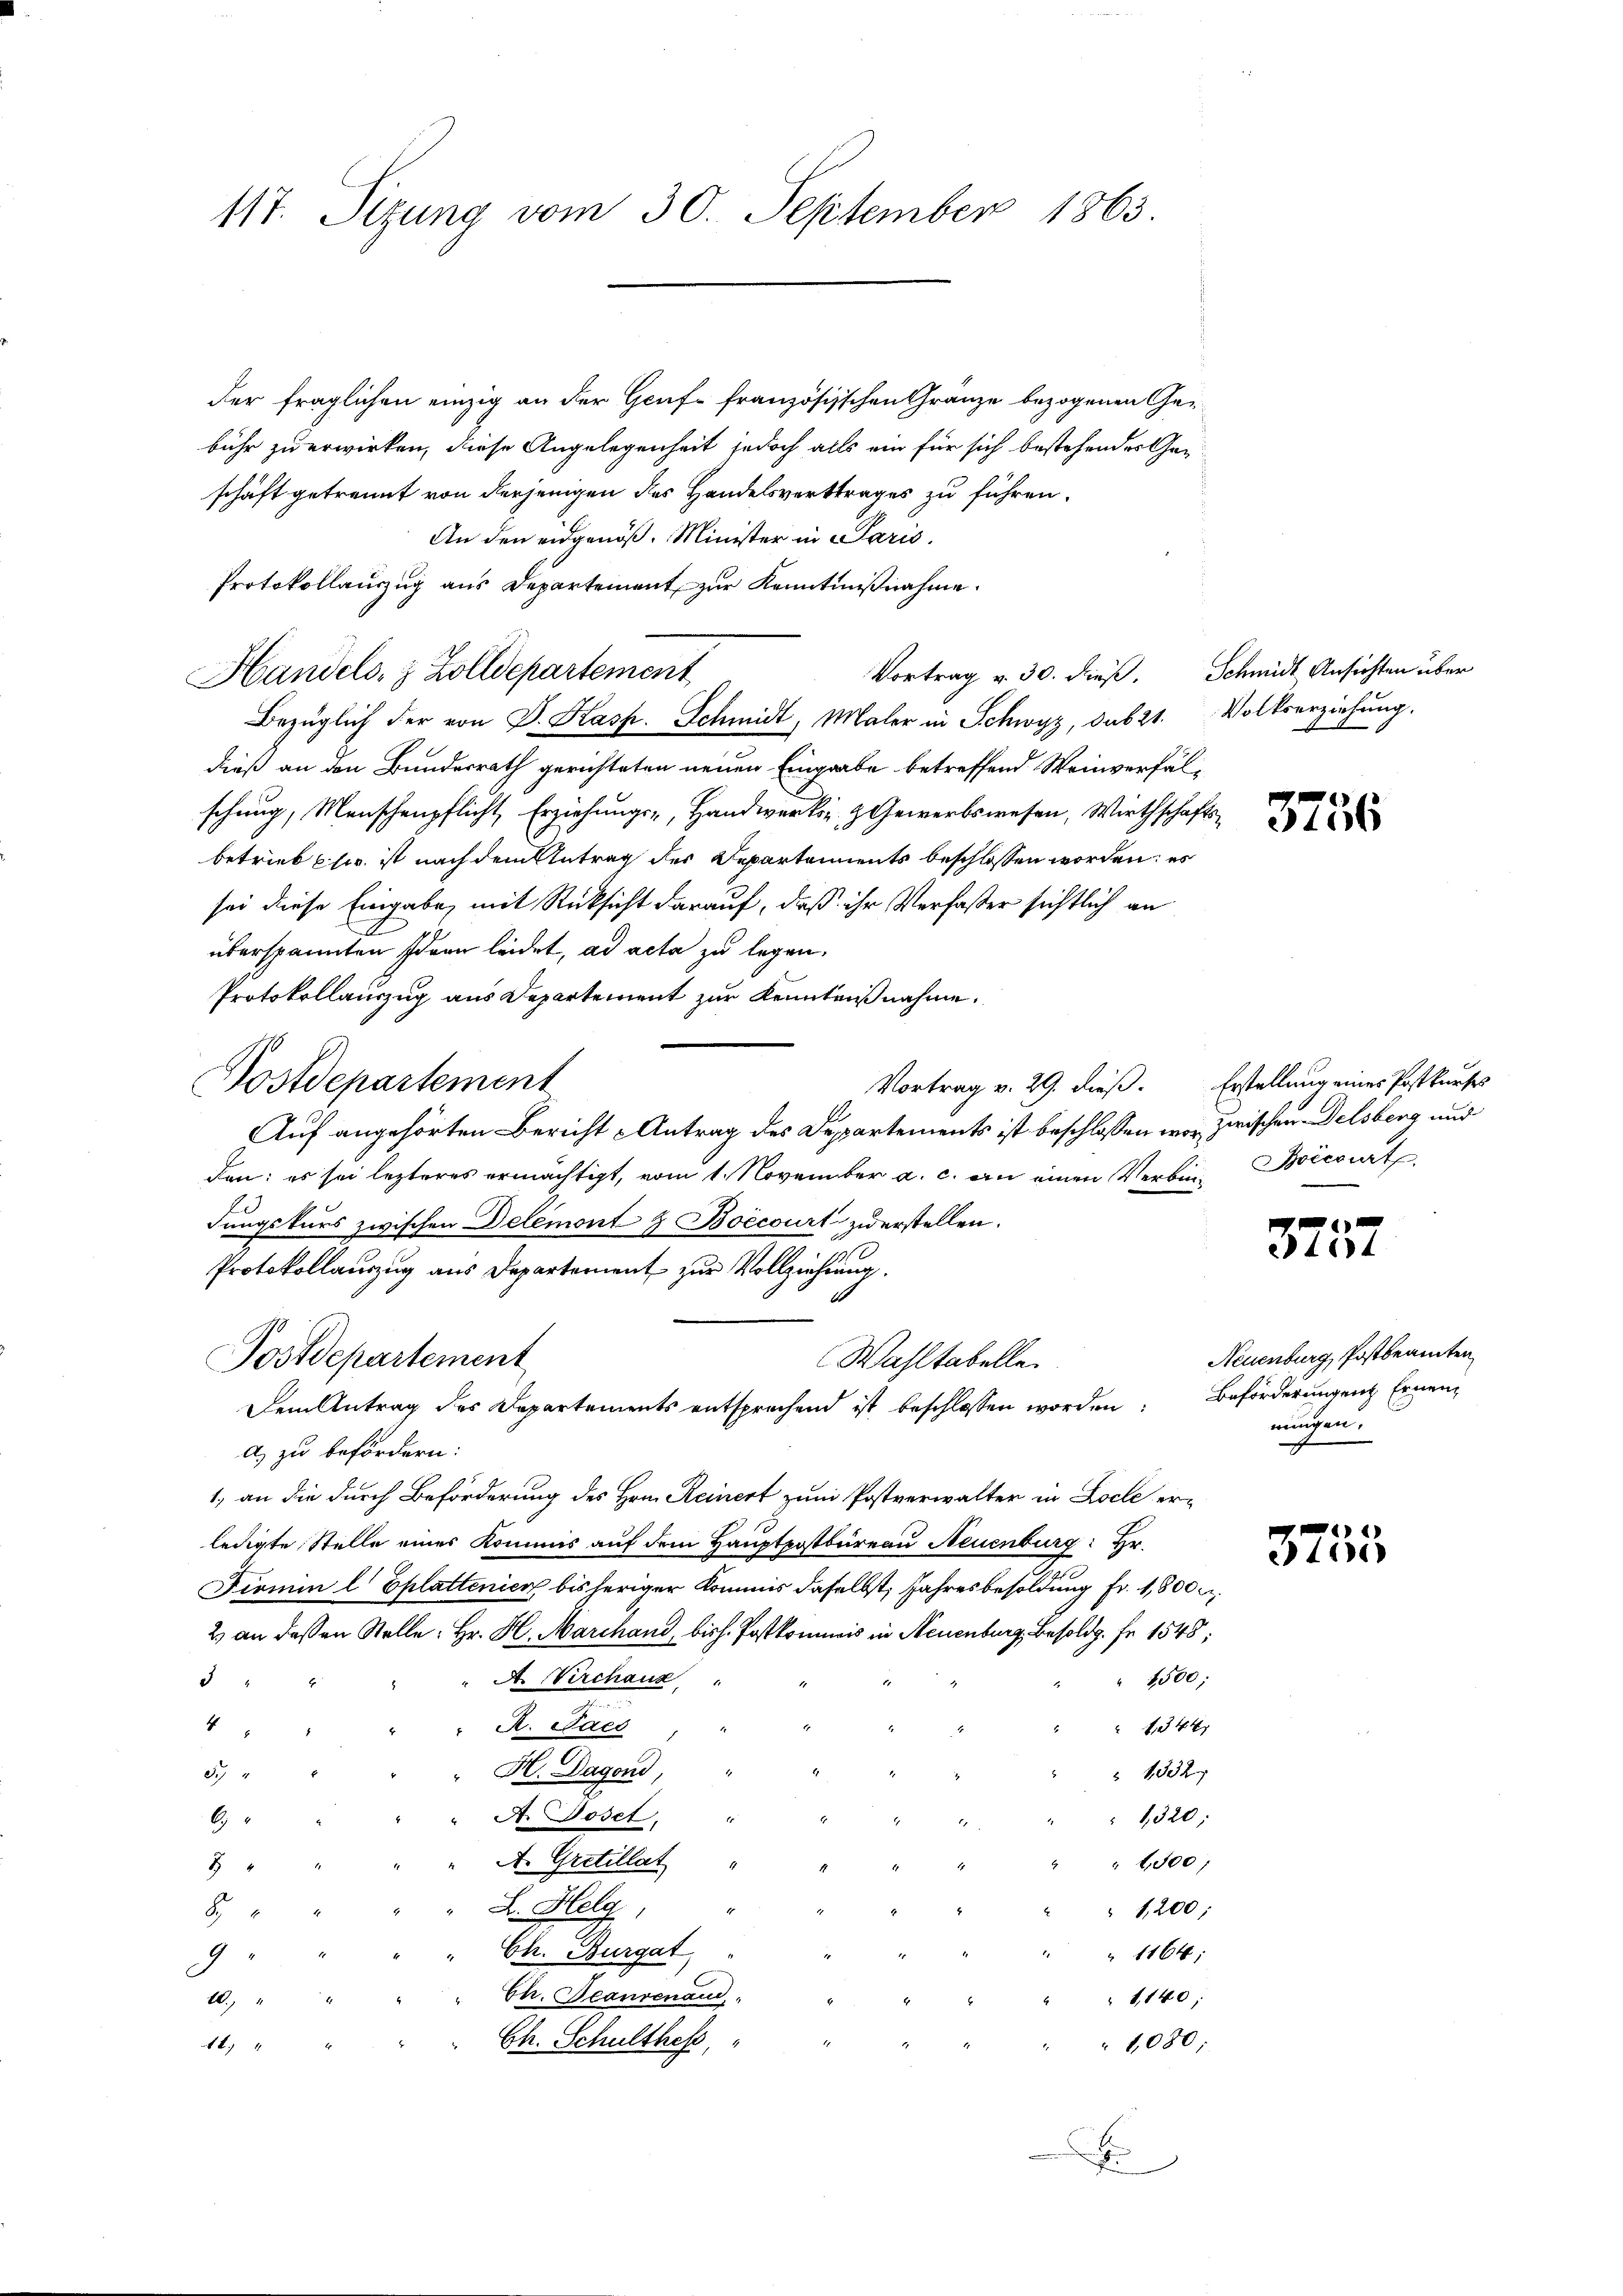
117. Sitzung vom 30. September 1863.

der fraglichen einzig an der Genf französischen Granze bezogenen Ge-
bühr zu erwirken, diese Angelegenheit jedoch alls ein für sich bestehender Gen
schäft getrennt von derjenigen des Handelsvertrages zu führen.
An den eidgenöß. Minister in Paris,
Protokollauszug aus Departement zur Kenntnißnahme.
Bezüglich der von J. Kasp. Schmidt, Maler in Schwyz, das 21. Volkserziehung.
dieß an den Bundesrath gerichteten neuen Eingabe betreffend Weinverfälschung, Menschenpflicht, Erziehungs-, Handwerks- & Gewerbswesen, Wirthschaftsbetrieb Elie ist nach dem Antrag der Departements beschlossen worden; es
sei diese Eingabe, mit Rücksicht darauf, daß ihr Verfaßer sichtlich an
überspannten Irren leidet, ad acta zu legen.
Protokollauszug aus Departement zur Kenntnißnahme.
Postdepartement
Auf angehörten Bericht Antrag des Departements ist beschlossen war zwischen Delsberg und
den: es sei lezteres ermächtigt, vom 1. November a. c. an einen Verbin- Bricirt
dungskurs zwischen Delemont & Boecourt zuerstellen.
Protokollauszug aus Departement zur Vollziehung.
1
Postdepartement
Wahltabelle.
Dem Antrag des Departements entsprechend ist beschlossen worden. Beförderungen Ernena) zu befördern:
1. an die durch Beförderung des Hrn. Reinert zum Postverwalter in Loche erledigte Stelle eines Kommis auf dem Hauptpostbureau Neuenburg: Hr.
Fermin l Eplattenico bisheriger Kommis daselbst, Jahresbesoldung Fr. 1,800 u.
2) an dessen Stelle. Hr. H. Marchand, bish. Postkommis in Neuenburg, Besoldg. Fr. 1548:
" 1500;
A. Kirchaus
d
4
R. Jaco
1344
H. Dagond,
 1332
3
A. Doset, "
1,320:
6
A. Gretillat
 1,800;
8
L. Helg,
1,200;
ge
Ch. Burgat
 1164;
.
Ch. Beansenau
1140;
10.
Ch. Schulthes,
1080;
14.
d
J

Handels, 3 Zolldepartement

Vortrag v. 30. dieß. Schmidt Ansichten über

3756

Vortrag v. 29. dieß. Erstellung eines Postkurses

ete

Neuenburg, Postbeamten
mungen.

14)
ete